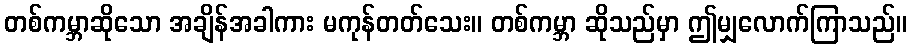
တစ်ကမ္ဘာဆိုသော အချိန်အခါကား မကုန်တတ်သေး။ တစ်ကမ္ဘာ ဆိုသည်မှာ ဤမျှလောက်ကြာသည်။